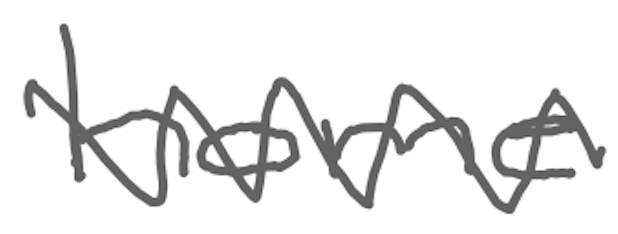
Text: home
Cross-out: zig-zag
Writing tool: digital_gray